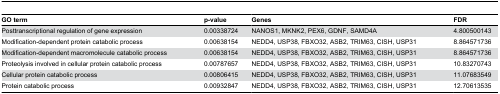
<table><thead><tr><td><b>GO term</b></td><td><b>p-value</b></td><td><b>Genes</b></td><td><b>FDR</b></td></tr></thead><tbody><tr><td>Posttranscriptional regulation of gene expression</td><td>0.00338724</td><td>NANOS1, MKNK2, PEX6, GDNF, SAMD4A</td><td>4.800500143</td></tr><tr><td>Modification-dependent protein catabolic process</td><td>0.00638154</td><td>NEDD4, USP38, FBXO32, ASB2, TRIM63, CISH, USP31</td><td>8.864571736</td></tr><tr><td>Modification-dependent macromolecule catabolic process</td><td>0.00638154</td><td>NEDD4, USP38, FBXO32, ASB2, TRIM63, CISH, USP31</td><td>8.864571736</td></tr><tr><td>Proteolysis involved in cellular protein catabolic process</td><td>0.00787657</td><td>NEDD4, USP38, FBXO32, ASB2, TRIM63, CISH, USP31</td><td>10.83270743</td></tr><tr><td>Cellular protein catabolic process</td><td>0.00806415</td><td>NEDD4, USP38, FBXO32, ASB2, TRIM63, CISH, USP31</td><td>11.07683549</td></tr><tr><td>Protein catabolic process</td><td>0.00932847</td><td>NEDD4, USP38, FBXO32, ASB2, TRIM63, CISH, USP31</td><td>12.70613535</td></tr></tbody></table>